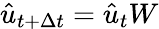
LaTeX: \hat{u}_{t+\Delta t}=\hat{u}_{t}W